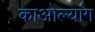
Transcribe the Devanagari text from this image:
काओल्यांग